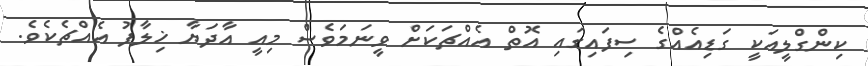
ކިންގްލީއަކީ ގަޑިއެއްގެ ސިފައިގައި އޮތް އެއްޗަކަށް ވީނަމަވެސް މިއީ އާދަޔާ ޚިލާފު އެއްޗެކެވެ.